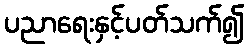
ပညာရေးနှင့်ပတ်သက်၍